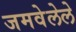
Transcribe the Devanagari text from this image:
जमवेलेले